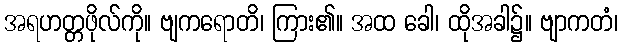
အရဟတ္တဖိုလ်ကို။ ဗျကရောတိ၊ ကြား၏။ အထ ခေါ၊ ထိုအခါ၌။ ဗျာကတံ၊